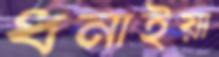
ধনাইয়া